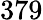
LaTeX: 379